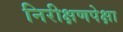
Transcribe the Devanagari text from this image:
निरीक्षणपेक्षा